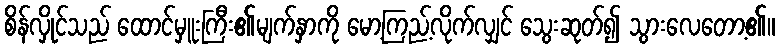
စိန်လှိုင်သည် ထောင်မှူးကြီး၏မျက်နှာကို မော့ကြည့်လိုက်လျှင် သွေးဆုတ်၍ သွားလေတော့၏။